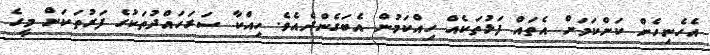
އެހެނިހެން ކަންކަމަށް އެތައް ފަޅުތަކެއް ހިއްކަމުން އެބަގެންދެއެވެ. ހިއްކާ ސަރަހައްދުތަކުގެ ފަރުތަކަށް މީގެ